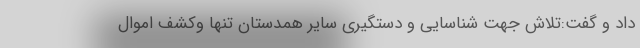
داد و گفت:تلاش جهت شناسایی و دستگیری سایر همدستان تنها وکشف اموال